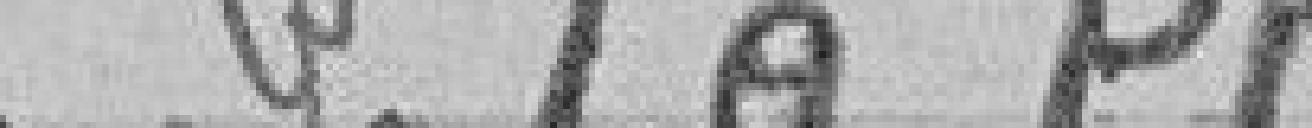
Pour le Préfet